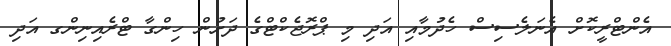
އެންޓްރީކޮށް އެނަލެސިސް ހެދުމާއި އަދި މި ޕްރޮޖެކްޓްގެ ދަށުން ހިންގާ ޓްރެއިނިންގ އަދި